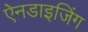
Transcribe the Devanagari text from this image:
ऐनडाइजिंग